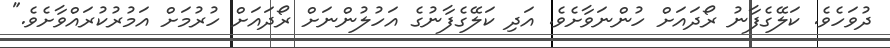
ދުވަހެވެ. ކަލޭގެފާނު ރޯދައަށް ހުންނަވާށެވެ. އަދި ކަލޭގެފާނުގެ އަހުލުންނަށް ރޯދައަށް ހުރުމަށް އަމުރުކުރައްވާށެވެ."